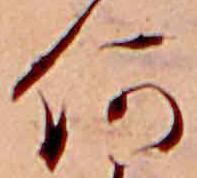
何